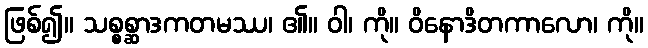
ဖြစ်၍။ သစ္စစ္ဆာဒကတမဿ၊ ၏။ ဝါ၊ ကို။ ဝိနောဒိတကာလော၊ ကို။